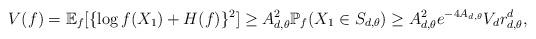
LaTeX: \begin{align*}V(f) = \mathbb{E}_f [ \{ \log f(X_1) +H(f) \}^2] \geq A_{d,\theta}^2 \mathbb{P}_f ( X_1 \in S_{d,\theta}) \geq A_{d,\theta}^2 e^{-4A_{d,\theta}} V_d r_{d,\theta}^d,\end{align*}